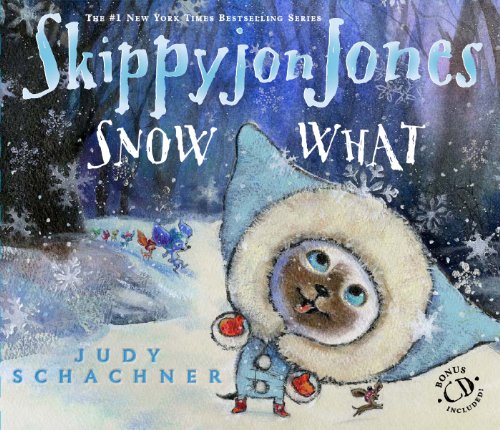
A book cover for Skippyjon Jones Snow What; Judy Schachner; Children's Books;